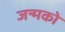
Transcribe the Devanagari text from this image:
जन्मको